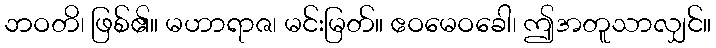
ဘဝတိ၊ ဖြစ်၏။ မဟာရာဇ၊ မင်းမြတ်။ ဧဝမေဝခေါ၊ ဤအတူသာလျှင်။